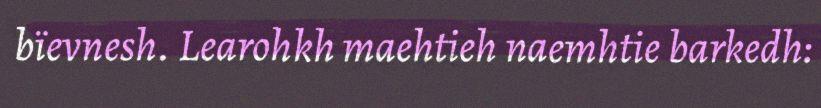
bïevnesh. Learohkh maehtieh naemhtie barkedh: